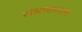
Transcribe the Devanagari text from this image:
संभावनता